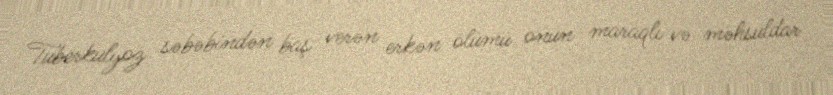
Tuberkulyoz səbəbindən baş verən erkən ölümü onun maraqlı və məhsuldar